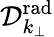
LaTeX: {\mathcal D}_{k_{\perp}}^{\mathrm{rad}}